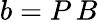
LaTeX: b=P\, B